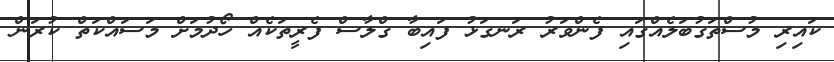
ކައިރި މުސްތަގުބަލެއްގައި ފެންވަރު ރަނގަޅު ފައިބާ ގްލާސް ފެރީތަކެއް ހޯދުމަށް މަަސައްކަތް ކުރަން